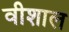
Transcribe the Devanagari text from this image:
वीशाल